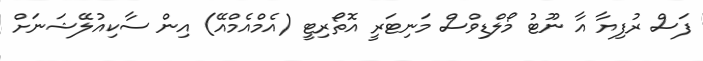
ފަސް ރުފިޔާ އާ ނޫޓު މޯލްޑިވްސް މަނިޓަރީ އޮތޯރިޓީ (އެމްއެމްއޭ) އިން ސާކިއުލޭޝަނަށް